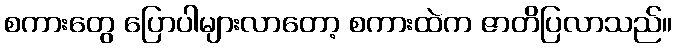
စကားတွေ ပြောပါများလာတော့ စကားထဲက ဇာတိပြလာသည်။